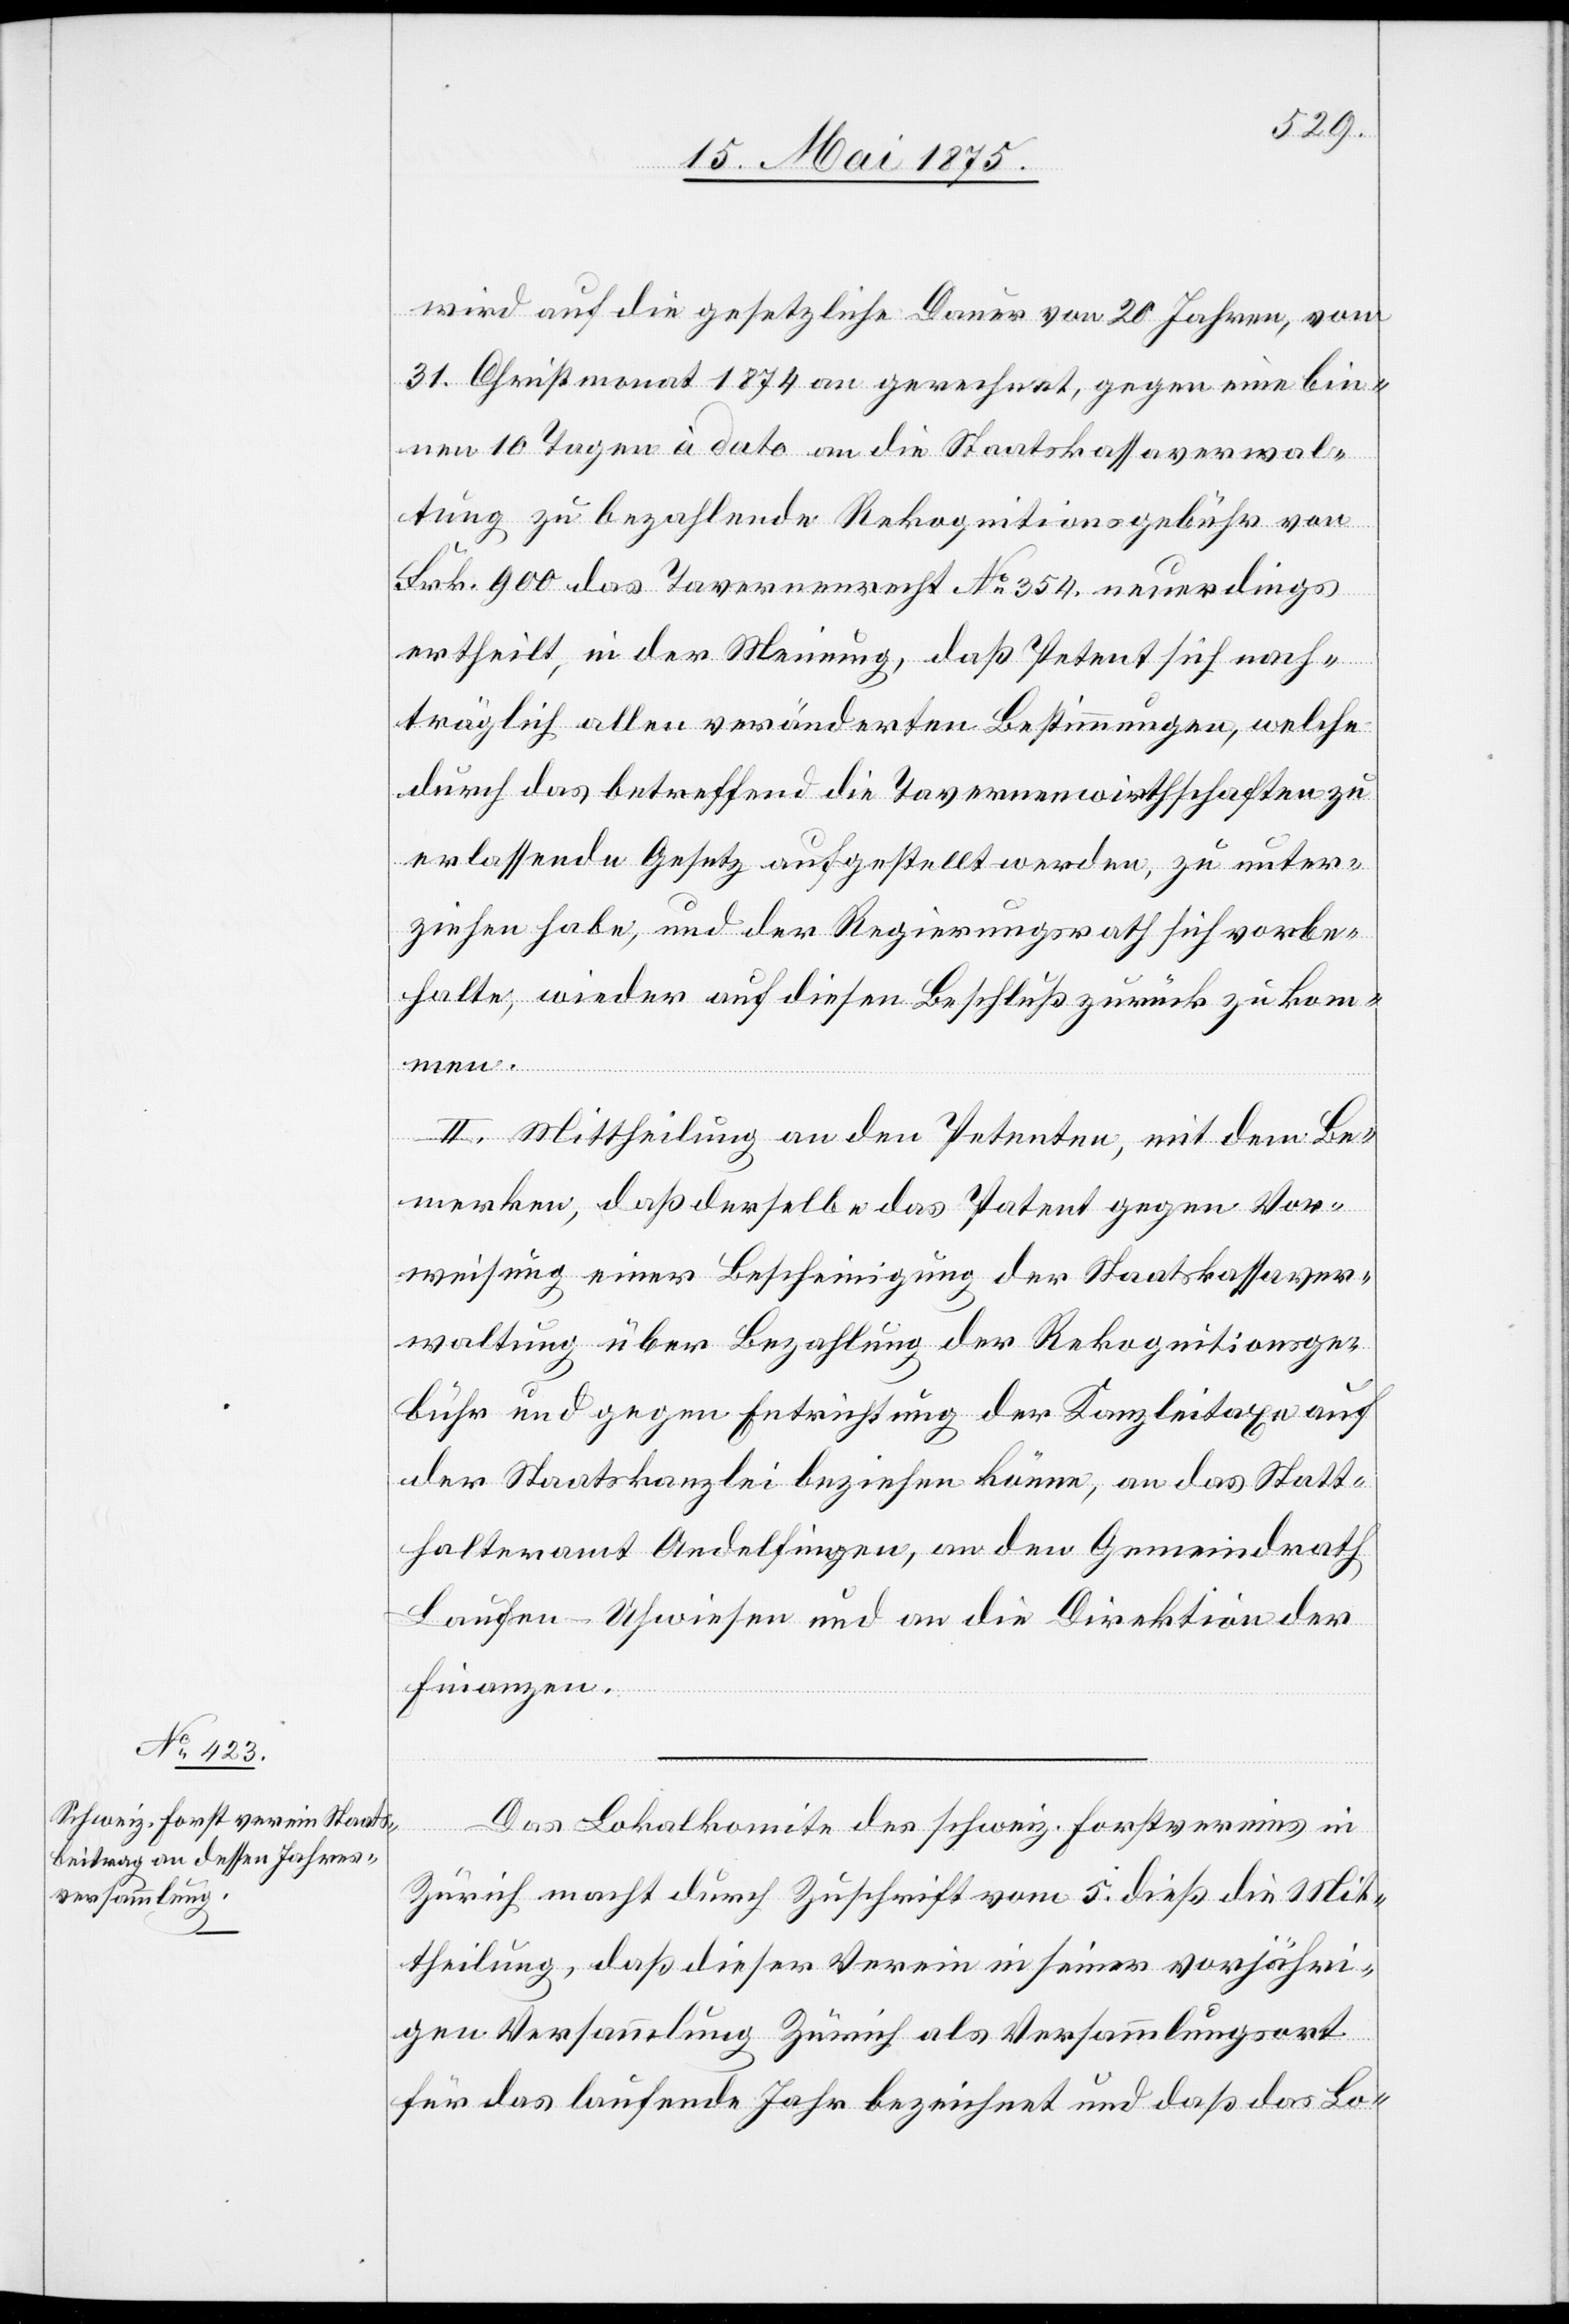
wird auf die gesetzliche Dauer von 20 Jahren, vom
31. Christmonat 1874 an gerechnet, gegen eine bin¬
nen 10 Tagen à dato an die Staatskassaverwal¬
tung zu bezahlende Rekognitionsgebühr von
Frk. 900 das Tavernenrecht No 354 neuerdings
ertheilt, in der Meinung, daß Petent sich nach¬
träglich allen veränderten Bestimmungen, welche
durch das betreffend die Tavernenwirthschaften zu
erlassende Gesetz aufgestellt werden, zu unter¬
ziehen habe, und der Regierungsrath sich vorbe¬
halte, wieder auf diesen Beschluß zurück zukom¬
men.
II. Mittheilung an den Petenten, mit dem Be¬
merken, daß derselbe das Patent gegen Vor¬
weisung einer Bescheinigung der Staatskassaver¬
waltung über Bezahlung der Rekognitionsge¬
bühr und gegen Entrichtung der Kanzleitaxe auf
der Staatskanzlei beziehen könne, an das Statt¬
halteramt Andelfingen, an den Gemeindrath
Laufen-Uhwiesen und an die Direktion der
Finanzen.
Das Lokalkomite des schweiz. Forstvereins in
Zürich mach durch Zuschrift vom 5. dieß die Mit¬
theilung, daß dieser Verein in seiner vorjähri¬
gen Versammlung Zürich als Versammlungsort
für das laufende Jahr bezeichnet und daß das Lo-